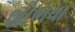
શોભવા